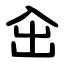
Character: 㒴